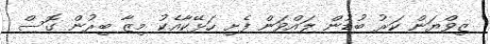
' ޒިވްޔަން ކަރު ބުޑުން ލައްވަން ފެށި ހަޅޭކާއެކު މިޒާ ބިރުން ގޮސް